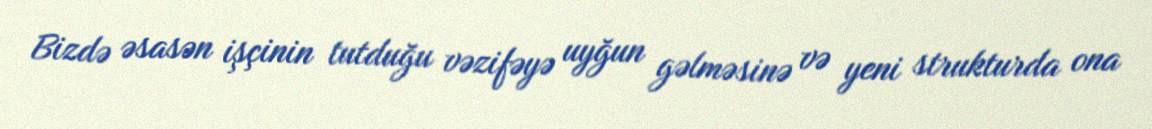
Bizdə əsasən işçinin tutduğu vəzifəyə uyğun gəlməsinə və yeni strukturda ona